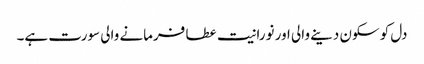
دل کو سکون دینے والی اور نورانیت عطا فرمانے والی سورت ہے۔